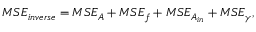
M S E _ { i n v e r s e } = M S E _ { A } + M S E _ { f } + M S E _ { A _ { i n } } + M S E _ { \gamma } ,